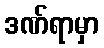
ဒဏ်ရာမှာ